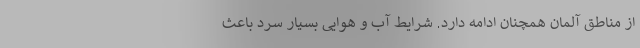
از مناطق آلمان همچنان ادامه دارد. شرایط آب و هوایی بسیار سرد باعث